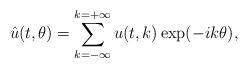
LaTeX: \begin{align*}\hat{u}(t,\theta) = \sum_{k=-\infty}^{k=+\infty} u(t,k)\exp(-ik\theta),\end{align*}